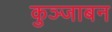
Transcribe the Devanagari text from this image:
कुञ्जाबन